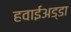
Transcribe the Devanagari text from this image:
हवाईअड्‍डा